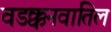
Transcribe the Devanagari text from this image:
वडक्कनवातिल